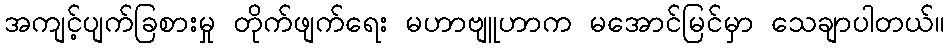
အကျင့်ပျက်ခြစားမှု တိုက်ဖျက်ရေး မဟာဗျူဟာက မအောင်မြင်မှာ သေချာပါတယ်။